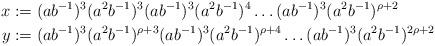
LaTeX: \begin{align*}x&:=(ab^{-1})^{3}(a^2b^{-1})^{3}(ab^{-1})^3(a^2b^{-1})^4\ldots (ab^{-1})^3(a^2b^{-1})^{\rho+2}\\y&:=(ab^{-1})^3(a^2b^{-1})^{\rho+3}(ab^{-1})^3(a^2b^{-1})^{\rho+4}\ldots (ab^{-1})^{3}(a^2b^{-1})^{2\rho+2}\end{align*}